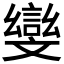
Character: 𭤛